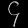
Digit: ၄